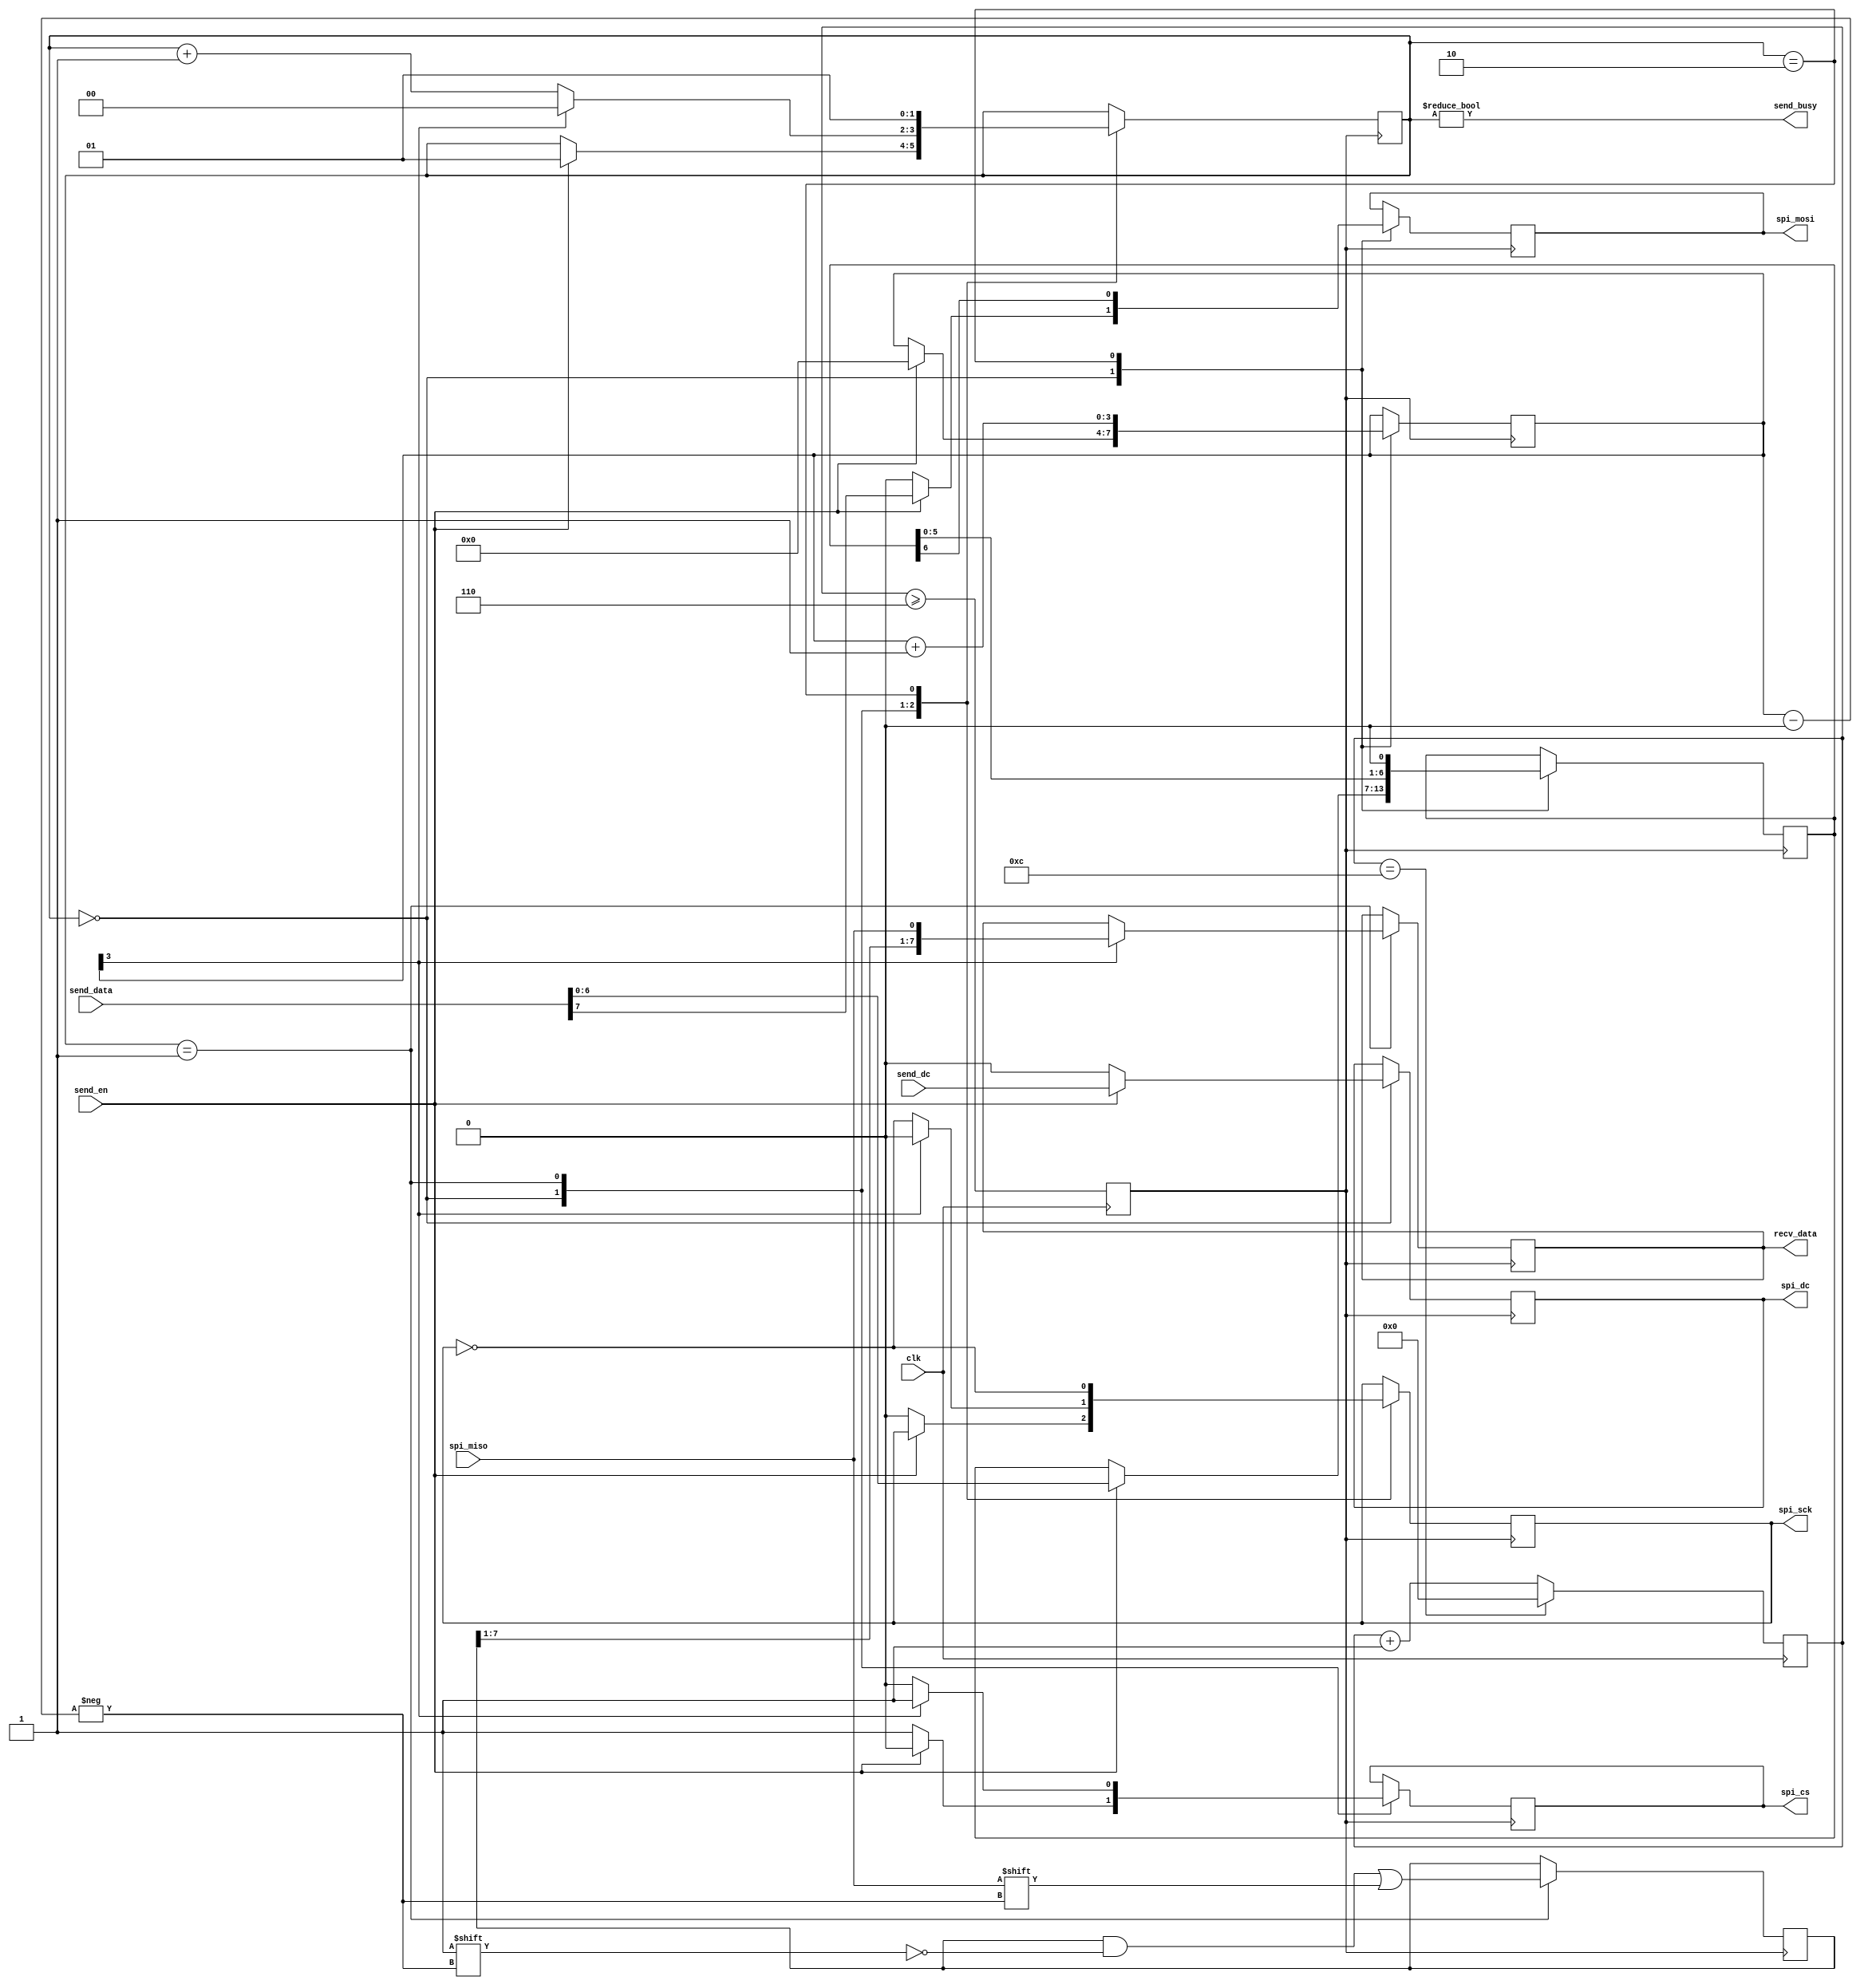
module spi_master#(
	parameter CLK_FRE = 50 , //input clock Mhz
	parameter SPI_FRE = 200  //SPI SCK x10Khz
	) (
	input 				clk,    // Clock

	input 				send_en,
	input 				send_dc ,
	input 		[ 7:0] 	send_data,
	output reg  [ 7:0] 	recv_data,

	output  			send_busy,

	// MODE 0  CPOL 0  CPHA 0 
	output reg 			spi_cs   = 1,   
	output reg 			spi_dc   = 0,   
	output reg 			spi_sck  = 0,  
	input 				spi_miso, 
	output reg 			spi_mosi = 0 
);

//SCK X2
parameter CLK_DIV = CLK_FRE * 50 / SPI_FRE;
reg [9:0] clk_delay = 0;
reg sck_x2 = 0;
always@(posedge clk) clk_delay <= (clk_delay == CLK_DIV)? 0 : clk_delay + 'd1;
always@(posedge clk) sck_x2 <= clk_delay >= CLK_DIV / 2;

//
reg [6:0] send_data_r = 0;

reg [7:0] recv_data_r = 0;
reg [3:0] recv_cnt    = 0;

// 
reg [1:0] state = 0;
assign send_busy = state != 0;
always@(posedge sck_x2)
	case (state)
		2'd0:// en 
			if (send_en) begin
				send_data_r <= send_data[6:0];
				recv_cnt    <= 'd0;

				spi_cs   	<= 'd0;
				spi_mosi  	<= send_data[7];
				spi_dc   	<= send_dc ;

				state <= 2'd1;
			end
			else begin
				spi_cs   <= 'd1;
				spi_dc   <= 'd0;
				spi_sck  <= 'd0;
				spi_mosi <= 'd0;
			end

		2'd1:begin//SCK  
			spi_sck	  <= (recv_cnt[3])? 0 : ~spi_sck;

			recv_data_r[recv_cnt] <= spi_miso;// 

			spi_cs    <= (recv_cnt[3])? 'd1 : 'd0;
			recv_data <= (recv_cnt[3])? {recv_data_r[7:1],spi_miso} : recv_data;
			state 	  <= (recv_cnt[3])? 'd0 : state + 'd1;
		end

		2'd2:begin//SCK  
			spi_sck <= ~spi_sck;

			recv_cnt 	<= recv_cnt + 'd1;
			send_data_r <= send_data_r << 1;
			spi_mosi  	<= send_data_r[6];//

			state <= 2'd1;
		end
	endcase

endmodule